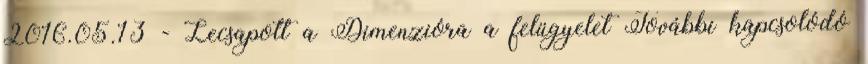
2016.05.13 - Lecsapott a Dimenzióra a felügyelet További kapcsolódó